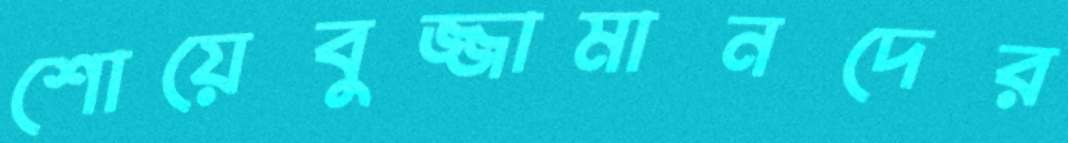
শোয়েবুজ্জামানদের